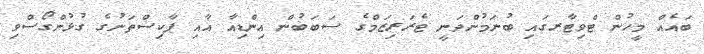
ބައެއް މީހުން ޓްވިޓާރގައި ބުނަމުންދަނީ ޓެރަރިޒަމްގެ ސަބަބުން އިންޑިއާ އާއި ޕާކިސްތަނުގެ ގުޅުންގޯސްވި